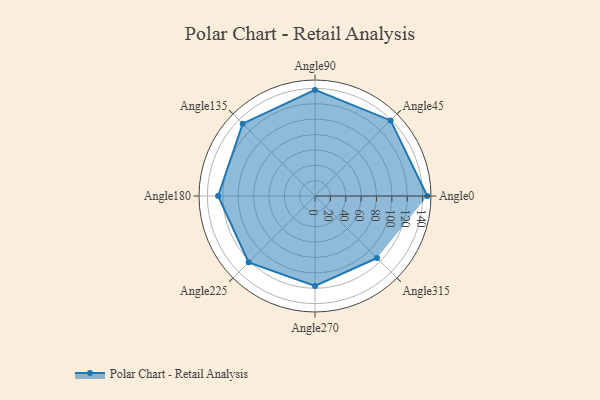
{"axis": {"x": "Angle", "y": "Radius"}, "legend": [""], "data": [{"x": "Angle0", "y": 146.0, "type": ""}, {"x": "Angle45", "y": 139.0, "type": ""}, {"x": "Angle90", "y": 138.0, "type": ""}, {"x": "Angle135", "y": 133.0, "type": ""}, {"x": "Angle180", "y": 126.0, "type": ""}, {"x": "Angle225", "y": 122.0, "type": ""}, {"x": "Angle270", "y": 117.0, "type": ""}, {"x": "Angle315", "y": 114.0, "type": ""}]}